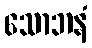
သောဘနံ